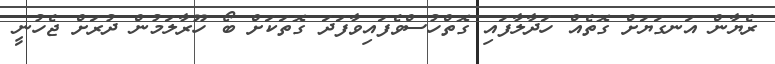
ރެޔާން އަނގަޔަށް ގޮތެއް ހަދާލާފައި ގޮތްހުސްވެފައިވާފަދަ ގޮތަކަށް ބޯ ހޫރާލަމުން ދުރަށް ޖެހުނީ